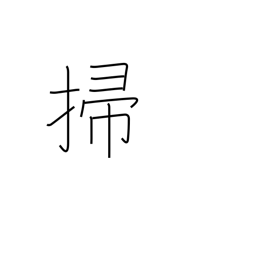
Meaning: sweep